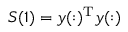
S ( 1 ) = y ( : ) ^ { \mathrm { T } } y ( : )